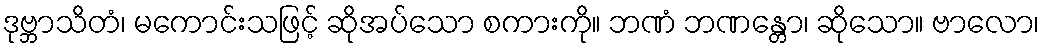
ဒုဗ္ဘာသိတံ၊ မကောင်းသဖြင့် ဆိုအပ်သော စကားကို။ ဘဏံ ဘဏန္တော၊ ဆိုသော။ ဗာလော၊